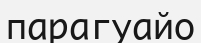
парагуайо